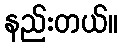
နည်းတယ်။